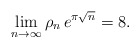
\begin{align*}\lim_{n\to\infty} \rho_n\, e^{ \pi\sqrt n} = 8.\end{align*}